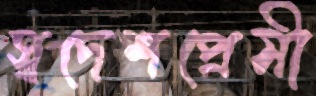
স্বদেশপ্রেমী